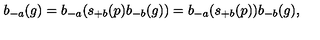
b _ { - a } ( g ) = b _ { - a } ( s _ { + b } ( p ) b _ { - b } ( g ) ) = b _ { - a } ( s _ { + b } ( p ) ) b _ { - b } ( g ) ,